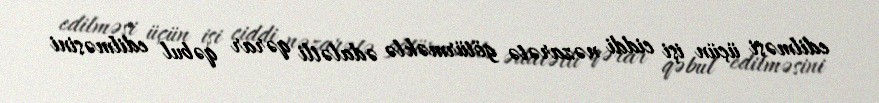
edilməsi üçün işi ciddi nəzarətə götürməklə ədalətli qərar qəbul edilməsini